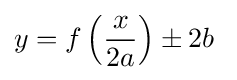
y=f\left({\frac {x}{2a}}\right)\pm 2b\